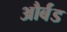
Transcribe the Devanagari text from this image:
और्बंड